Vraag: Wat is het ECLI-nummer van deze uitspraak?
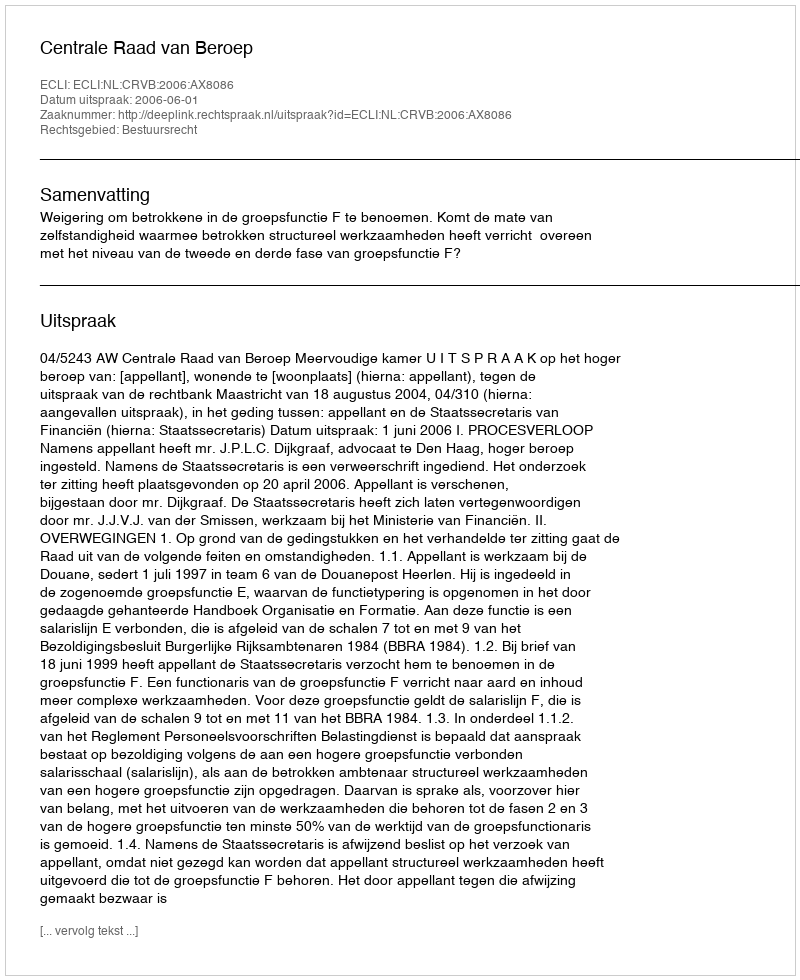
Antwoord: ECLI:NL:CRVB:2006:AX8086